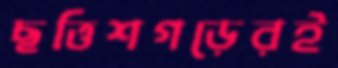
ছত্তিশগড়েরই